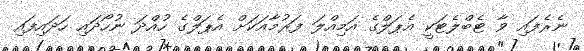
ނެރެފައި ވާ ޓެބްލެޓަކީ އެޕަލްގެ އަމިއްލަ ފަރުމާއަކަށް އެޕަލްގެ ހުއްދަ ނުހޯދައި ހަދައިފައި